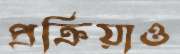
প্রক্রিয়াও